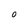
Character: O